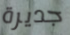
جديرة